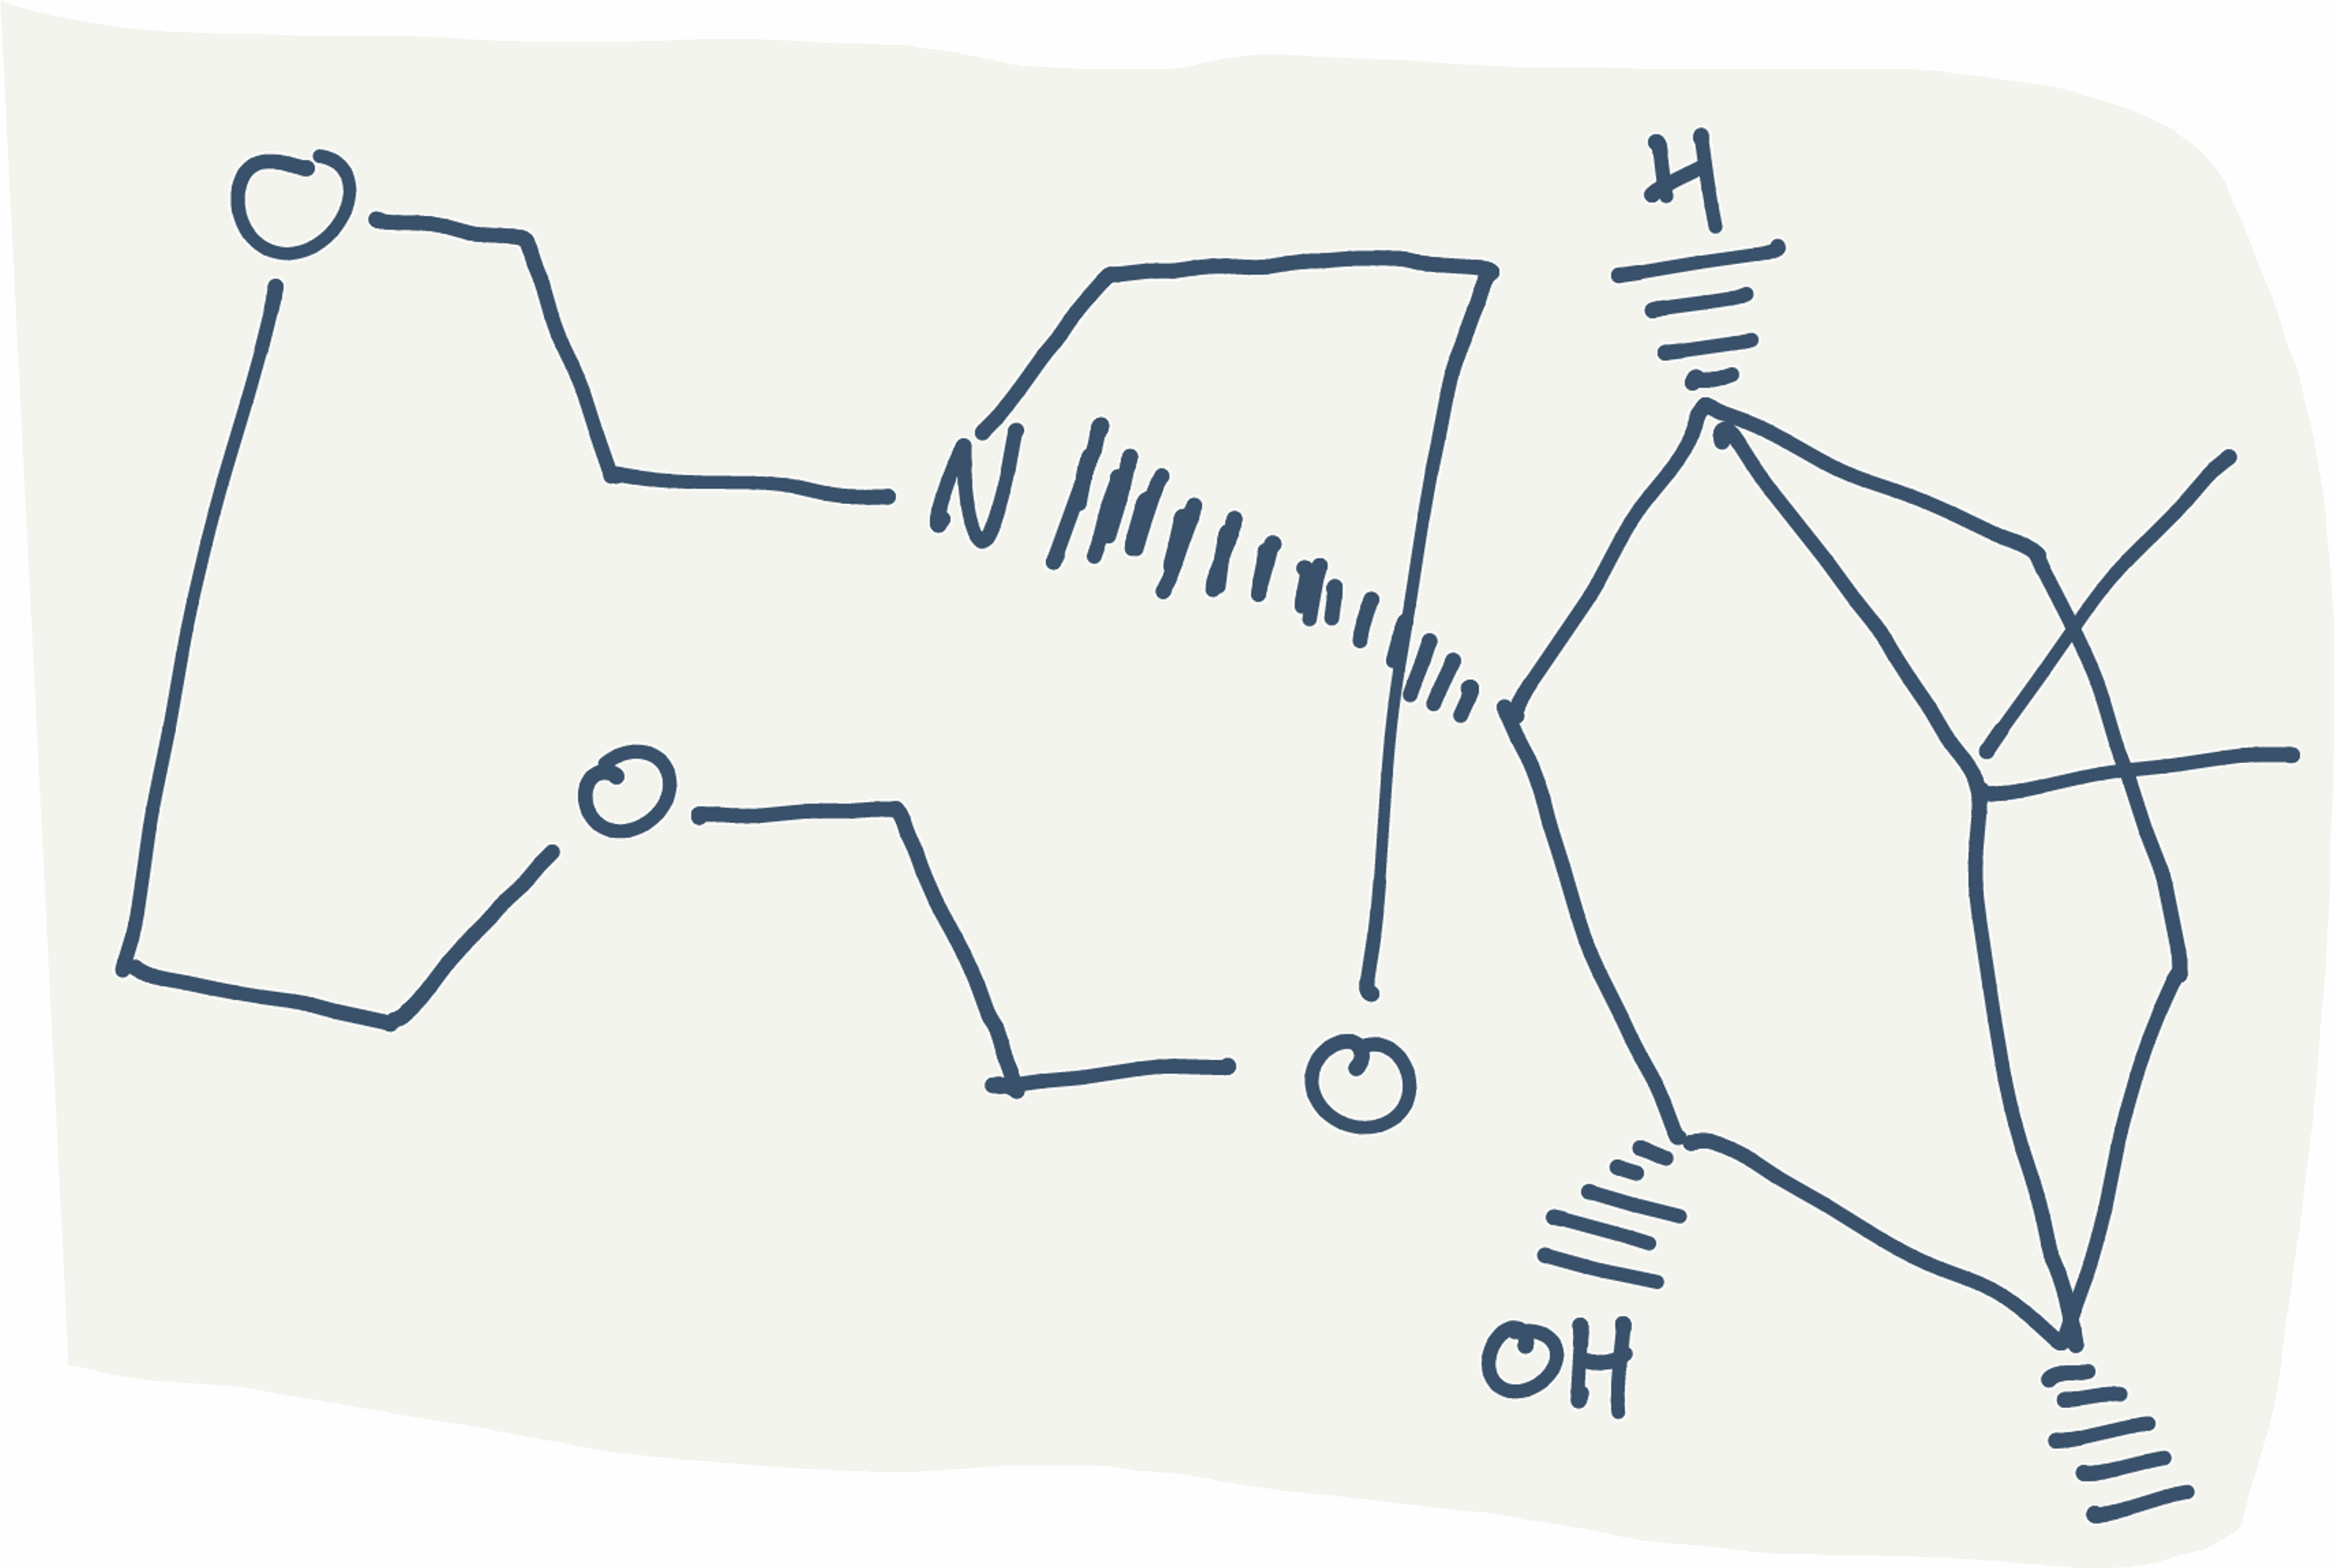
Simplified molecular-input line-entry system (SMILES) notation of the given molecule:
C[C@@]12CC[C@@H](C1(C)C)[C@H]([C@H]2O)N3CCOCCOCCOCC3